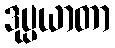
ဒုပ္ပယာတာ